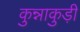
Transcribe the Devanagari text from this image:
कुन्नाकुड़ी